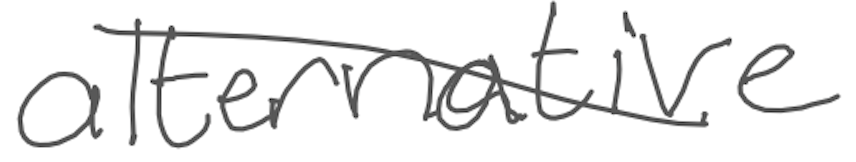
Text: alternative
Cross-out: diagonal
Writing tool: digital_gray